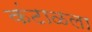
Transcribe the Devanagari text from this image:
कंटाळला